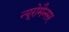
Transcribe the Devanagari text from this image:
न्यूरोमैन्सर